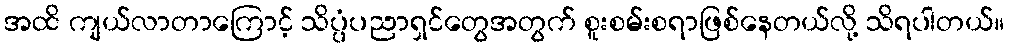
အထိ ကျယ်လာတာကြောင့် သိပ္ပံပညာရှင်တွေအတွက် စူးစမ်းစရာဖြစ်နေတယ်လို့ သိရပါတယ်။